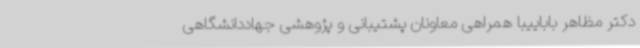
دکتر مظاهر باباییبا همراهی معاونان پشتیبانی و پژوهشی جهاددانشگاهی